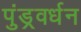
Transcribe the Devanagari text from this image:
पुंड्रवर्धन